Trukikaitis_Postimees, lk 44
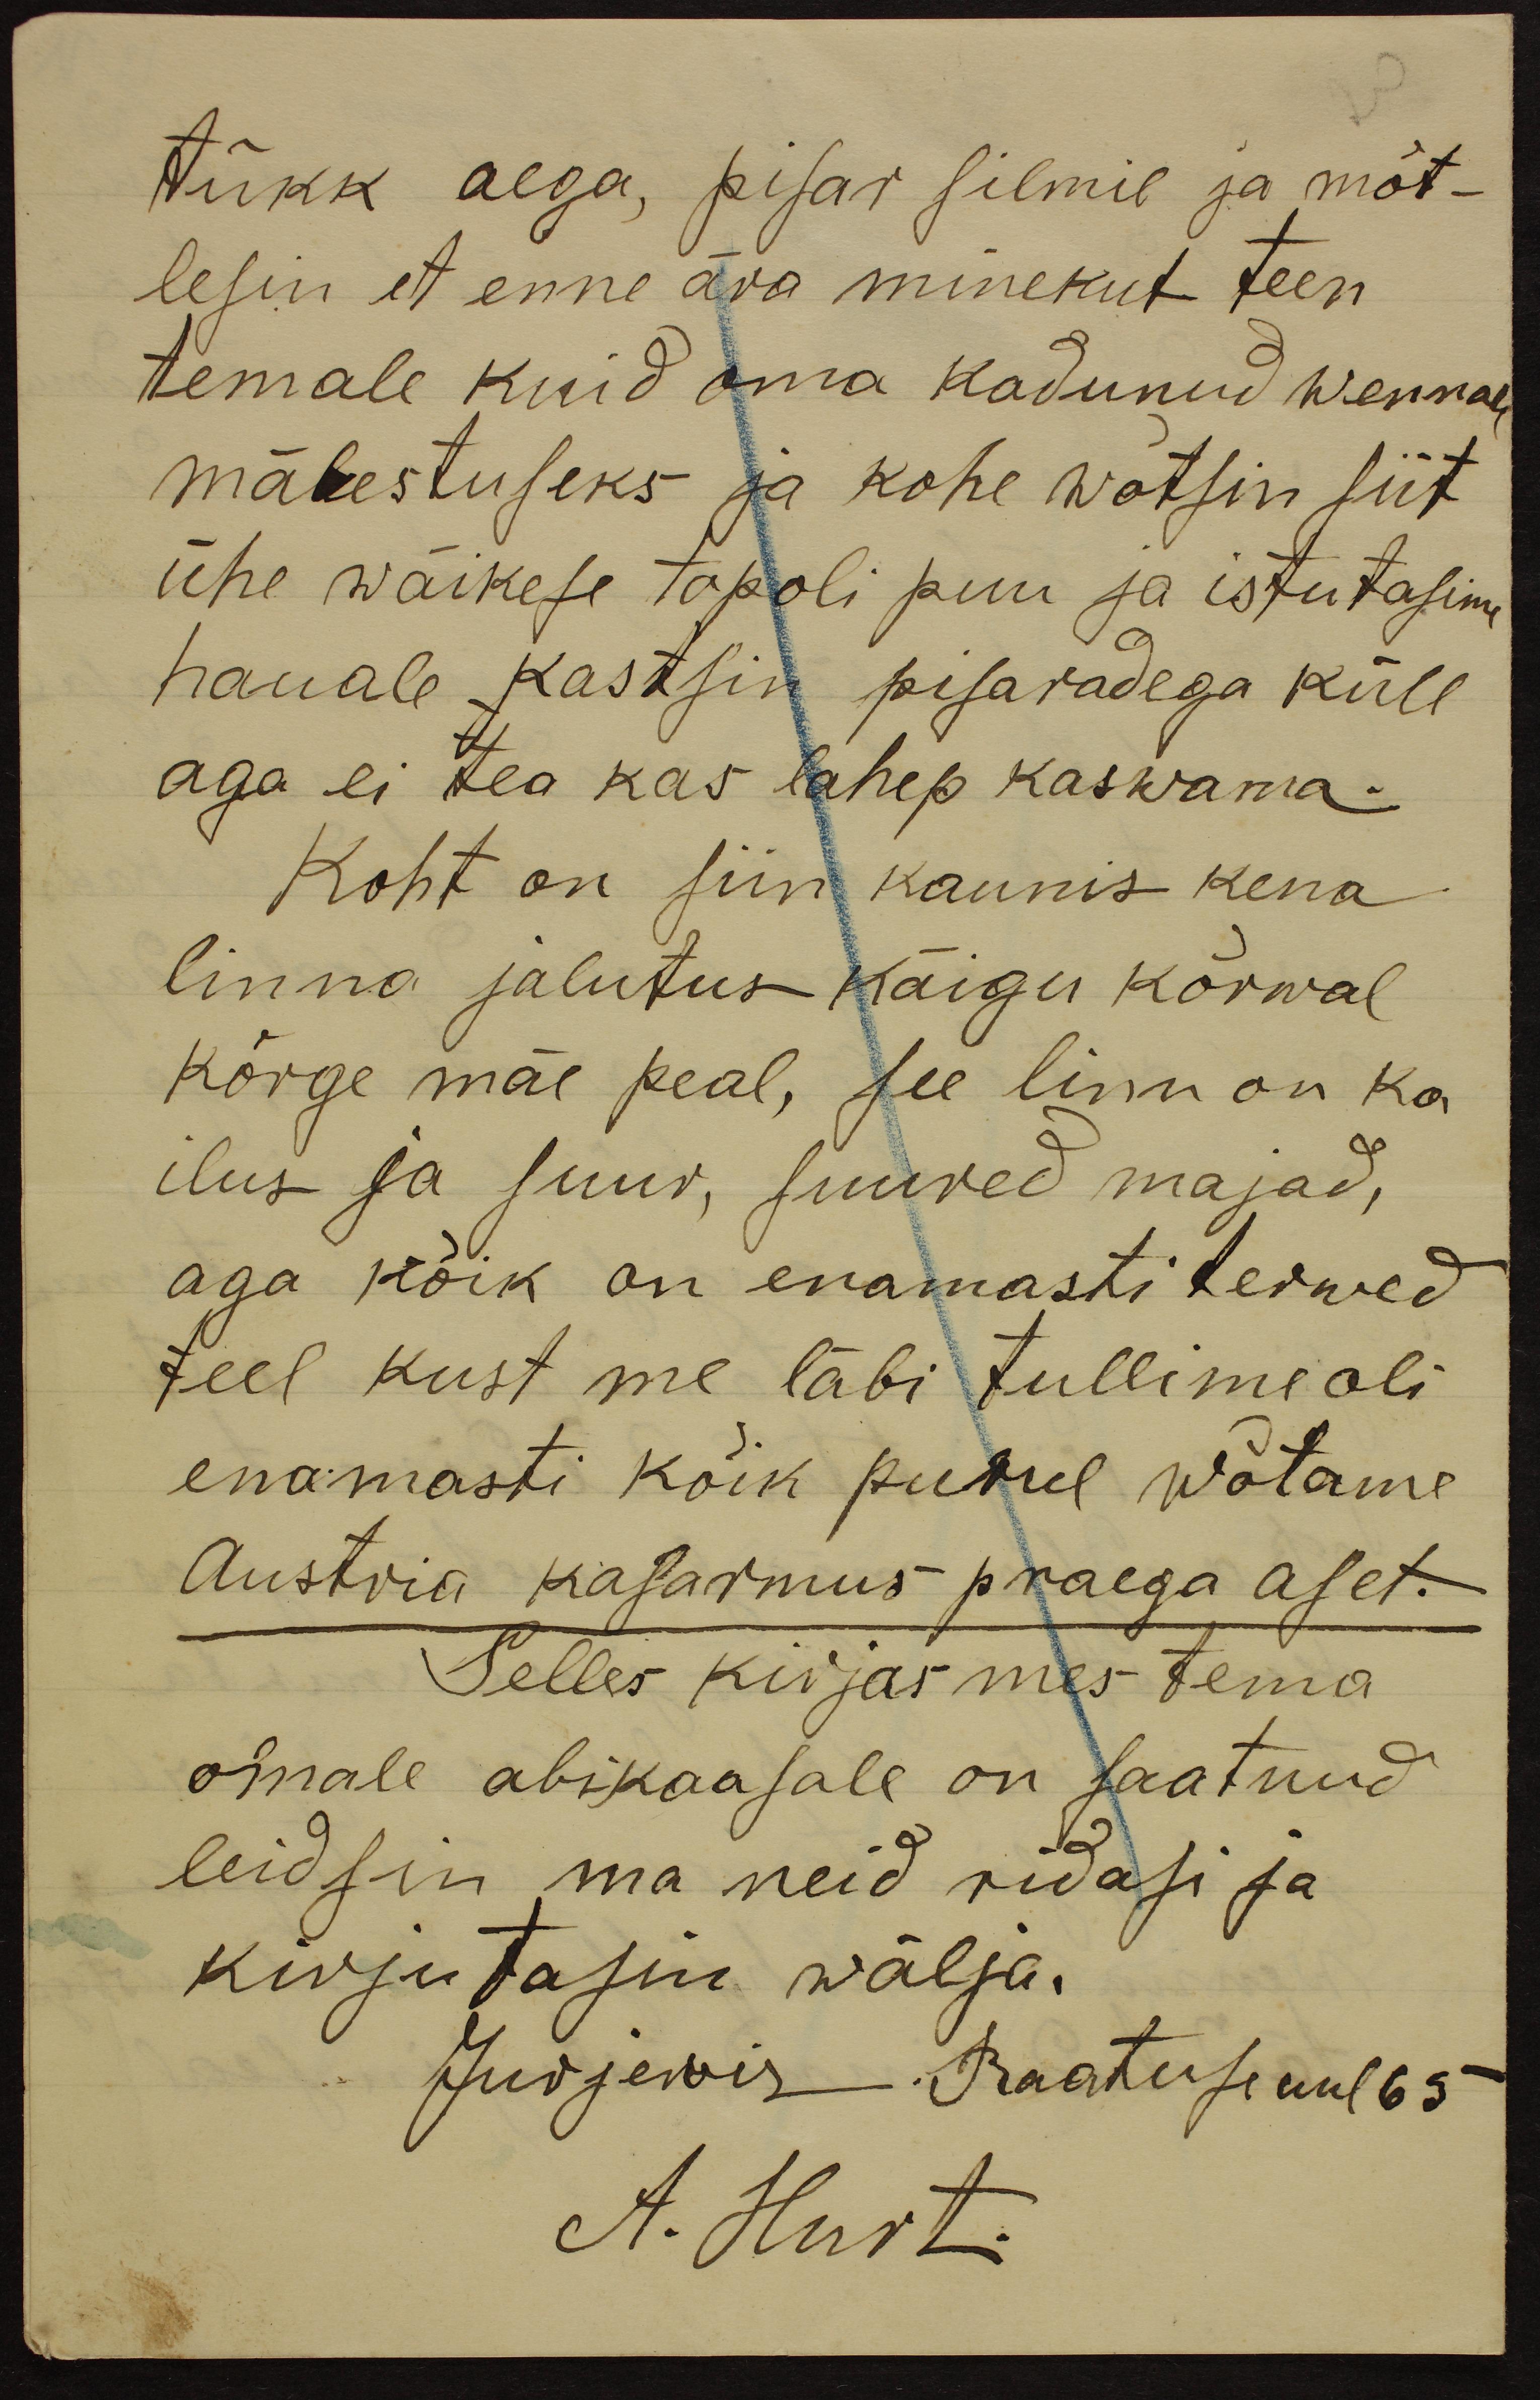
tükk aega, pisar silmil ja mõt-
lesin et enne ära minekut teen
temale kuid oma kadunud wennale
mälestuseks ja kohe wõtsin siit
ühe wäikese tapoli puu ja istutasime
hauale kastsin pisaradega küll
aga ei tea kas lahep kaswama.
Koht on siin kaunis kena
linna jalutus käigu kõrwal
kõrge mäe peal, see linn on ka
ilus ja suur, suured majad,
aga kõik on enamasti terwed
teel kust me läbi tullime oli
enamasti kõik purul wõtame
Austria kasarmus praega aset.
Selles kirjas mes tema
omale abikaasale on saatnud
leidsin ma neid ridasi ja
kirjutasin wälja.
Jurjewis. Raatuse uul 65
A. Hurt.